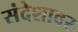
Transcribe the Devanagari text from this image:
संदेशावर